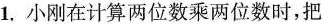
1.小刚在计算两位数乘两位数时，把